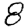
Digit: 8